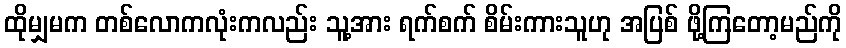
ထိုမျှမက တစ်လောကလုံးကလည်း သူ့အား ရက်စက် စိမ်းကားသူဟု အပြစ် ဖို့ကြတော့မည်ကို